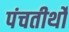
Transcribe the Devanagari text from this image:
पंचतीर्थों